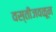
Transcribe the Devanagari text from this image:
वस्तीजवळून